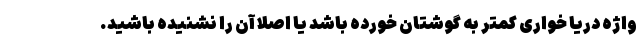
واژه دریا خواری کمتر به گوشتان خورده باشد یا اصلا آن را نشنیده باشید.